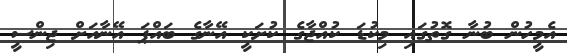
އެމީހުން ބުނާ ގޮތުގައި މިކުޑަ ކުއްޖާގެ ކުށަކީ އޭނާގެ ބައްޕަ އޭނާއަށް ޖިންސީ